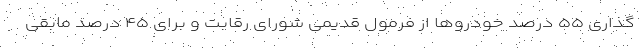
گذاری ۵۵ درصد خودرو‌ها از فرمول قدیمی شورای رقابت و برای ۴۵ درصد مابقی